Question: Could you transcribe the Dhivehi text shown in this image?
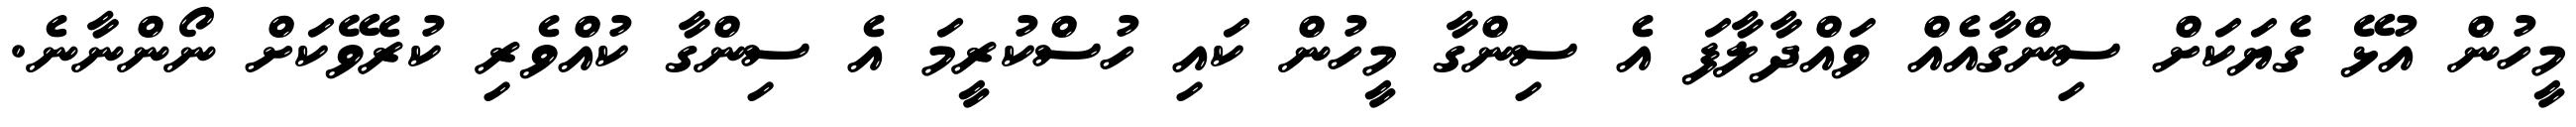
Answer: މީހުން އުޅޭ ގެޔަކަށް ސިންގާއެއް ވައްދާލާފަ އެ ސިންގާ މީހުން ކައި ހުސްކުރީމަ އެ ސިންގާ ކުއްވެރި ކުރެވޭކަށް ނޯންނާނެ.